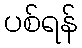
ပစ်ရန်